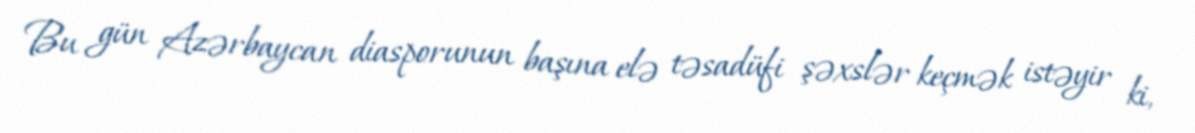
Bu gün Azərbaycan diasporunun başına elə təsadüfi şəxslər keçmək istəyir ki,